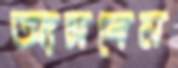
আসবেন